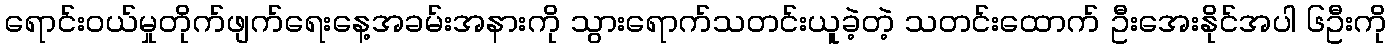
ရောင်းဝယ်မှုတိုက်ဖျက်ရေးနေ့အခမ်းအနားကို သွားရောက်သတင်းယူခဲ့တဲ့ သတင်းထောက် ဦးအေးနိုင်အပါ ၆ဦးကို